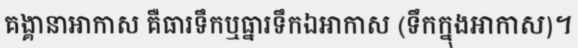
គង្គានាអាកាស គឺធារទឹកឬធ្នារទឹកឯអាកាស (ទឹកក្នុងអាកាស)។